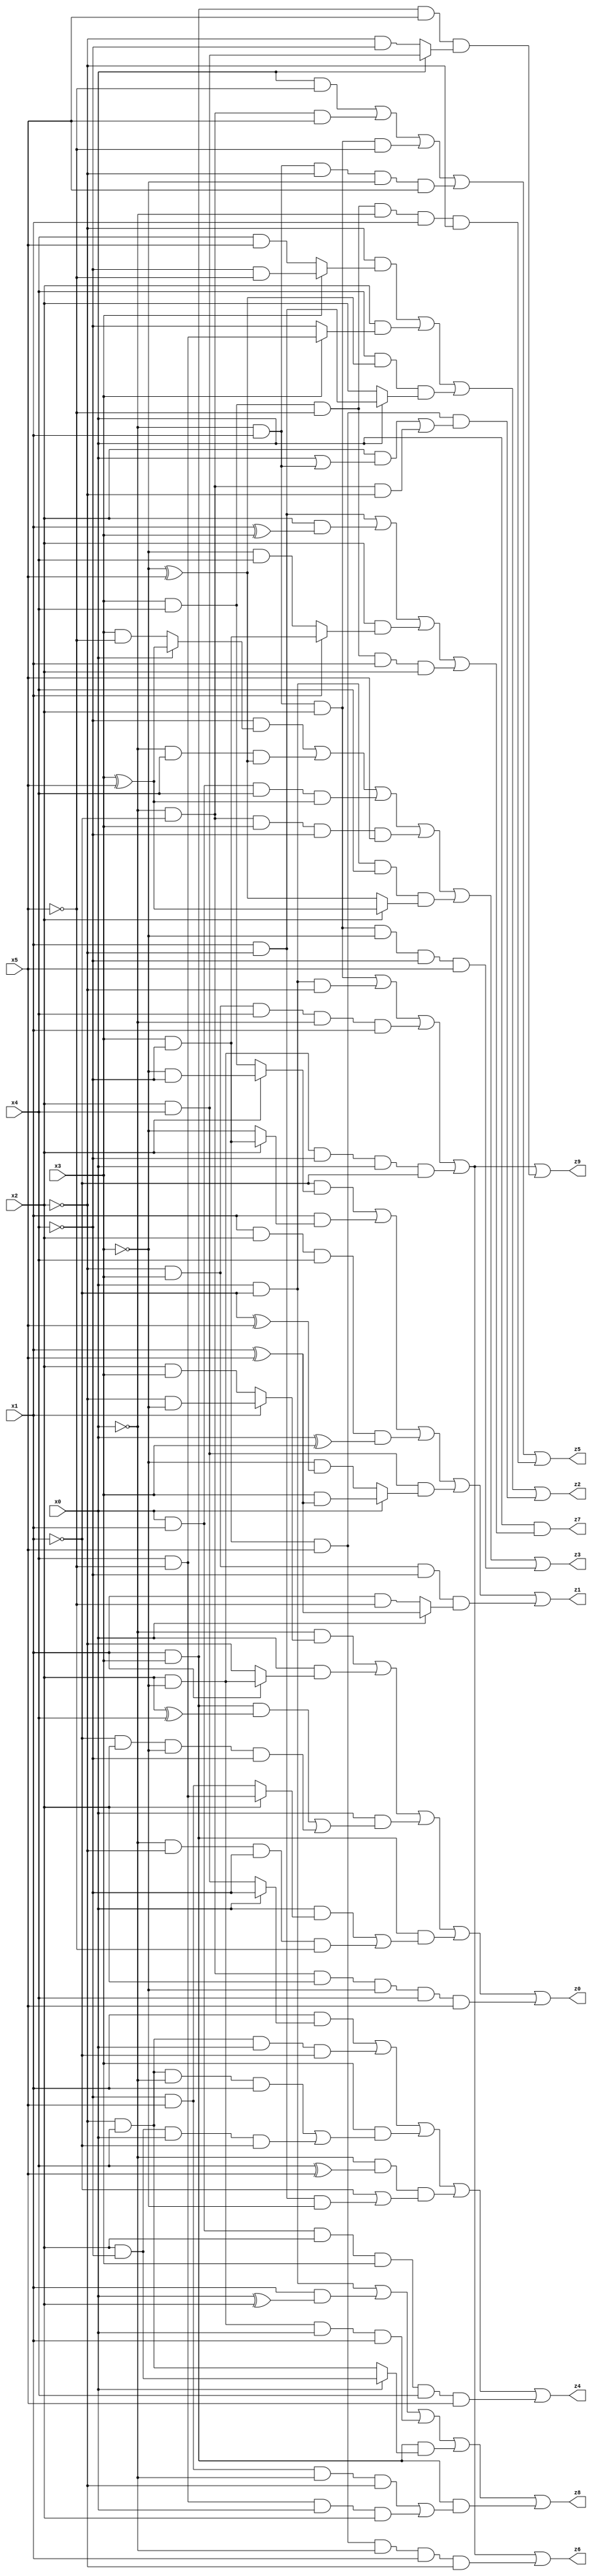
// Benchmark "X_76" written by ABC on Mon Jun 05 20:21:09 2023

module X_76 ( 
    x0, x1, x2, x3, x4, x5,
    z0, z1, z2, z3, z4, z5, z6, z7, z8, z9  );
  input  x0, x1, x2, x3, x4, x5;
  output z0, z1, z2, z3, z4, z5, z6, z7, z8, z9;
  assign z0 = (~x0 & (x1 ? (~x2 & ~x3) : (x2 & x3))) | (x0 & (x1 ? (x2 & ~x3) : ~x2)) | (x0 & ((x1 & x3 & (x2 ^ x4)) | (~x1 & x2 & ~x3 & ~x4))) | (x1 & x3 & ((x0 & (x2 ? (x4 & ~x5) : (~x4 & x5))) | (~x0 & ~x2 & ~x4 & ~x5))) | (~x0 & ~x1 & x2 & ~x3 & x4 & x5);
  assign z1 = (~x1 & (x2 ? (~x3 & ~x4) : (x3 & x4))) | (x1 & (x2 ? (x3 & ~x4) : ~x3)) | (x1 & x2 & x4 & (x0 ^ x3)) | (x2 & x4 & (x0 ? (x3 & (x1 ^ x5)) : (~x3 & (~x1 ^ x5)))) | (~x2 & x3 & ~x4 & (x0 ? (x1 ^ x5) : (x1 & ~x5)));
  assign z2 = (~x2 & (x3 ? (~x4 & ~x5) : (x4 & x5))) | (x2 & (x3 ? (x4 & ~x5) : ~x4)) | (x4 & (~x3 ^ x5) & (x0 ? (x1 & ~x2) : x2)) | (x3 & ~x4 & x5 & ((x2 & (x0 | (~x0 & x1))) | (~x0 & ~x1 & ~x2)));
  assign z3 = (~x4 & (x0 ? (x3 ^ x5) : (x3 & ~x5))) | (~x0 & x4 & (~x3 ^ x5)) | (x0 & x1 & x4 & (x3 ^ x5)) | (~x0 & ~x1 & x3 & ~x4 & x5) | (x0 & ~x1 & x4 & (x2 ? (x3 ^ x5) : (~x3 ^ x5))) | (~x0 & x1 & x2 & ~x3 & ~x4 & x5);
  assign z4 = (x1 & (x0 ? ~x4 : (x2 & x4))) | (~x2 & x4 & x0 & ~x1) | (x3 & ((~x2 & x4 & ~x0 & x1) | (x2 & ~x4 & x0 & ~x1))) | (~x0 & (x4 ^ x5) & (~x1 | (x1 & ~x2 & ~x3))) | (x0 & x1 & x2 & x3 & x4 & x5);
  assign z5 = (x0 & ~x5) | (~x0 & ~x1 & x5) | (~x0 & x1 & x2 & ~x5) | (~x0 & x1 & ~x2 & ~x3 & x5) | (x3 & x4 & ~x5 & ~x0 & x1 & ~x2);
  assign z6 = (~x0 & x1 & x2) | (x0 & ~x1 & ~x2) | (~x2 & x3 & x4 & ~x0 & x1) | (x2 & ~x3 & ~x4 & x0 & ~x1) | (x3 & ~x4 & x5 & ~x0 & x1 & ~x2);
  assign z7 = x0 & ((x1 & ~x2) | (x2 & (x1 ^ x3)) | (x2 & (x1 ? (x3 & ~x4) : (~x3 & x4))) | (x3 & x4 & ~x5 & x1 & x2));
  assign z8 = (x0 & ~x1) | (x1 & (x0 ^ x2)) | (x2 & ~x3 & x0 & x1) | (x1 & x3 & (x0 ? (x2 & ~x4) : (~x2 & x4))) | (x1 & x3 & ((~x4 & x5 & ~x0 & ~x2) | (x4 & ~x5 & x0 & x2)));
  assign z9 = (~x0 & x1 & x2) | (x0 & ~x1 & ~x2) | (~x2 & x3 & x4 & ~x0 & x1) | (x2 & ~x3 & ~x4 & x0 & ~x1) | (x1 & x3 & x5 & (x0 ? (x2 & x4) : (~x2 & ~x4)));
endmodule